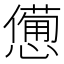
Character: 𢣍